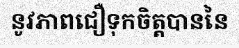
នូវភាពជឿទុកចិត្តបាននៃ